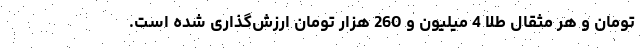
تومان و هر مثقال طلا 4 میلیون و 260 هزار تومان ارزش‌گذاری شده است.